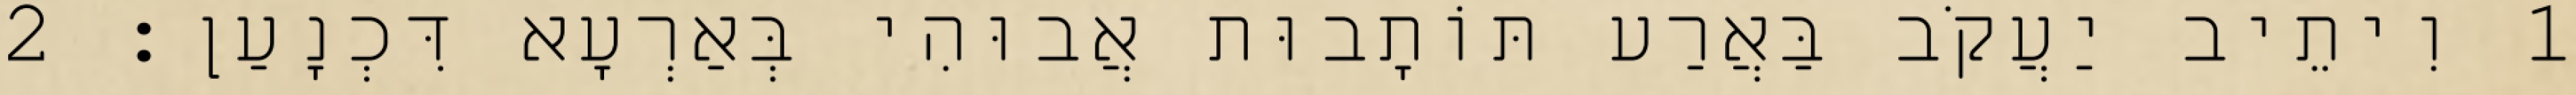
1 וִיתֵיב יַעֲקֹב בַּאֲרַע תּוֹתָבוּת אֲבוּהִי בְּאַרְעָא דִּכְנָעַן׃ 2